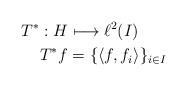
LaTeX: \begin{align*}T^{*}&:H\longmapsto\ell^{2}(I)\\&T^{*}f=\lbrace\langle f,f_{i}\rangle\rbrace _{i\in I}\end{align*}